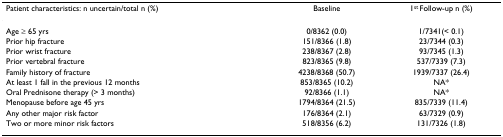
<table><thead><tr><td><b>Patient characteristics: n uncertain/total n (%)</b></td><td><b>Baseline</b></td><td><b>1<sup>st </sup>Follow-up n (%)</b></td></tr></thead><tbody><tr><td>Age ≥ 65 yrs</td><td>0/8362 (0.0)</td><td>1/7341(&lt; 0.1)</td></tr><tr><td>Prior hip fracture</td><td>151/8366 (1.8)</td><td>23/7344 (0.3)</td></tr><tr><td>Prior wrist fracture</td><td>238/8367 (2.8)</td><td>93/7345 (1.3)</td></tr><tr><td>Prior vertebral fracture</td><td>823/8365 (9.8)</td><td>537/7339 (7.3)</td></tr><tr><td>Family history of fracture</td><td>4238/8368 (50.7)</td><td>1939/7337 (26.4)</td></tr><tr><td>At least 1 fall in the previous 12 months</td><td>853/8365 (10.2)</td><td>NA*</td></tr><tr><td>Oral Prednisone therapy (&gt; 3 months)</td><td>92/8366 (1.1)</td><td>NA*</td></tr><tr><td>Menopause before age 45 yrs</td><td>1794/8364 (21.5)</td><td>835/7339 (11.4)</td></tr><tr><td>Any other major risk factor</td><td>176/8364 (2.1)</td><td>63/7329 (0.9)</td></tr><tr><td>Two or more minor risk factors</td><td>518/8356 (6.2)</td><td>131/7326 (1.8)</td></tr></tbody></table>